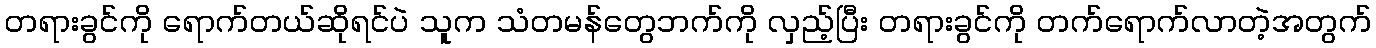
တရားခွင်ကို ရောက်တယ်ဆိုရင်ပဲ သူက သံတမန်တွေဘက်ကို လှည့်ပြီး တရားခွင်ကို တက်ရောက်လာတဲ့အတွက်